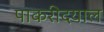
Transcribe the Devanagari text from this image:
पाकरीदयाल